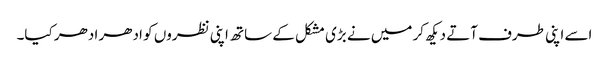
اسے اپنی طرف آتے دیکھ کر میں نے بڑی مشکل کے ساتھ اپنی نظروں کو ادھر ادھر کیا۔